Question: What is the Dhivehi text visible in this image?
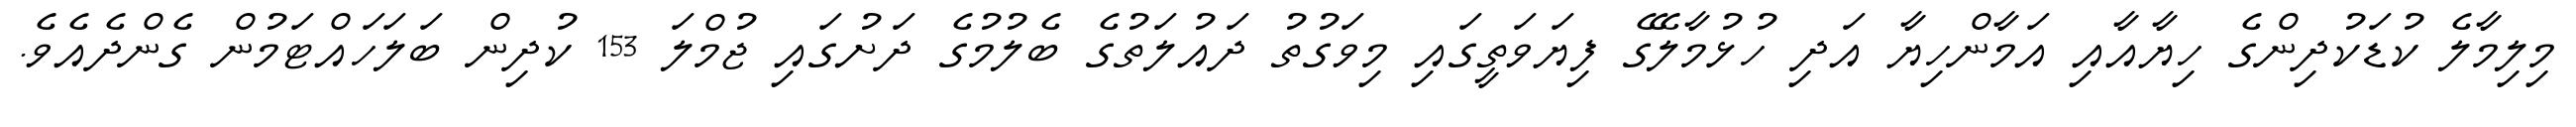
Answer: މިލިމާލެ ކުޑަކުދިންގެ ހިޔާއާއި އަމާންހިޔާ އަދި ހުޅުމާލޭގެ ފިޔަވަތީގައި މިވަގުތު ދައުލަތުގެ ބެލުމުގެ ދަށުގައި ޖުމްލަ 153 ކުދިން ބަލަހައްޓަމުން ގެންދެއެވެ.